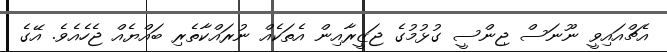
އެޗްއައިވީ ނޫނަސް ޖިންސީ ގުޅުމުގެ ޖަޒީރާއިން އެތަކެއް ނުރައްކާތެރި ބައްޔެއް ޖެހެއެވެ. އޭގެ